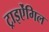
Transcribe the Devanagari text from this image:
ट्राइऐंगिल